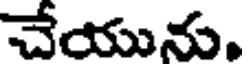
చేయును.